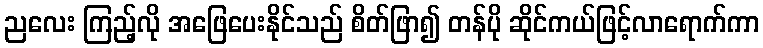
ညလေး ကြည့်လို အဖြေပေးနိုင်သည် စိတ်ဖြာ၍ တန်ပို ဆိုင်ကယ်ဖြင့်လာရောက်ကာ